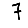
Digit: 7